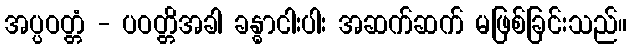
အပ္ပဝတ္တံ - ပဝတ္တိအခါ ခန္ဓာငါးပါး အဆက်ဆက် မဖြစ်ခြင်းသည်။